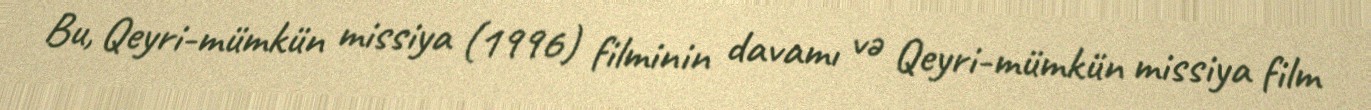
Bu, Qeyri-mümkün missiya (1996) filminin davamı və Qeyri-mümkün missiya film